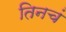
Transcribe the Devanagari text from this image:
तिनचं